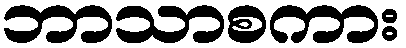
ဘာသာစကား